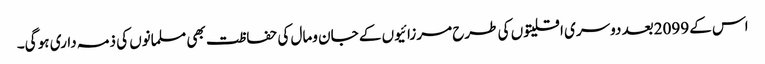
اس کے 2099بعد دوسری اقلیتوں کی طرح مرزائیوں کے جان ومال کی حفاظت بھی مسلمانوں کی ذمہ داری ہو گی۔